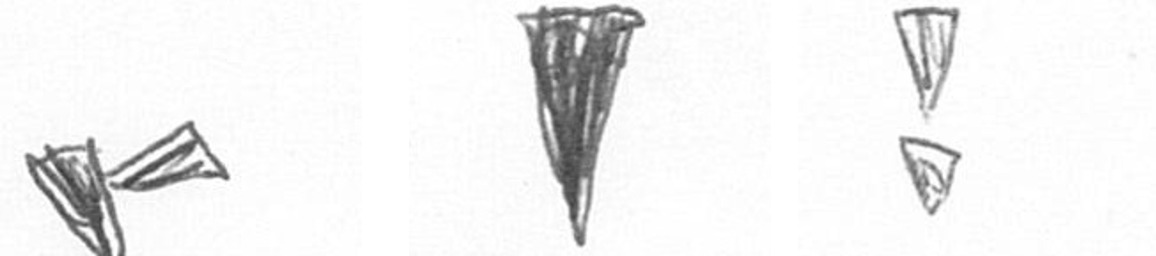
F J Z